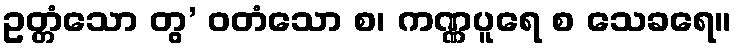
ဥတ္တံသော တွ’ ဝတံသော စ၊ ကဏ္ဏပူရေ စ သေခရေ။